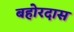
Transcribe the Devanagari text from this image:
बहोरदास